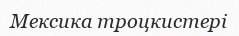
Мексика троцкистері